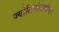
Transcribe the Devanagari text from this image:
ज्योतिष्पीठाधीश्वर